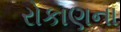
રોકાણના